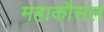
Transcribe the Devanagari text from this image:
महाकौसल